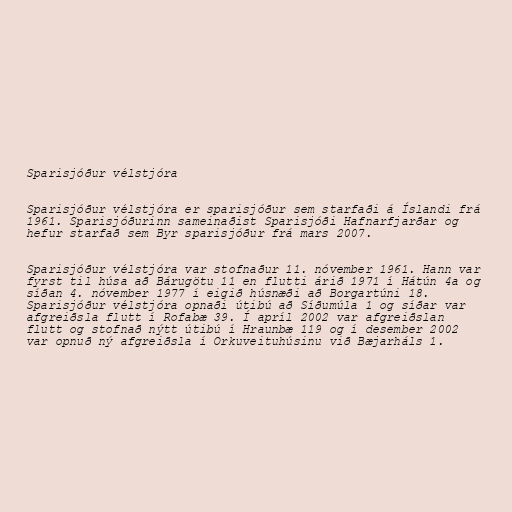
Sparisjóður vélstjóra

Sparisjóður vélstjóra er sparisjóður sem starfaði á Íslandi frá
1961. Sparisjóðurinn sameinaðist Sparisjóði Hafnarfjarðar og
hefur starfað sem Byr sparisjóður frá mars 2007.

Sparisjóður vélstjóra var stofnaður 11. nóvember 1961. Hann var
fyrst til húsa að Bárugötu 11 en flutti árið 1971 í Hátún 4a og
síðan 4. nóvember 1977 í eigið húsnæði að Borgartúni 18.
Sparisjóður vélstjóra opnaði útibú að Síðumúla 1 og síðar var
afgreiðsla flutt í Rofabæ 39. Í apríl 2002 var afgreiðslan
flutt og stofnað nýtt útibú í Hraunbæ 119 og í desember 2002
var opnuð ný afgreiðsla í Orkuveituhúsinu við Bæjarháls 1.